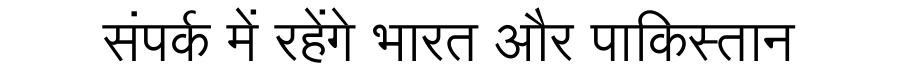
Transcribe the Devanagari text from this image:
संपर्क में रहेंगे भारत और पाकिस्तान